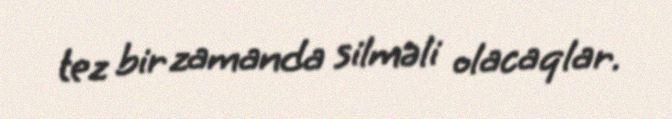
tez bir zamanda silməli olacaqlar.